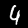
Digit: 4